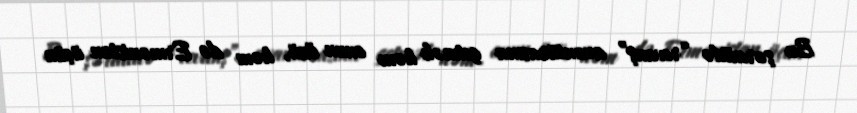
Bu şəraitdə “revanş” avantürasına getmək həm onun özü, həm də Ermənistan üçün